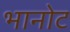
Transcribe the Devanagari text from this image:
भानोट